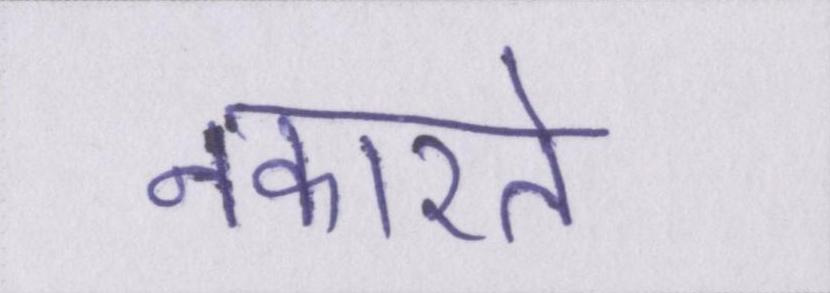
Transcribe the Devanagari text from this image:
नकारते